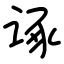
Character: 诼